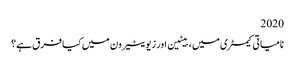
2020
نامیاتی کیمسٹری میں ، بیٹین اور زیویٹیرون میں کیا فرق ہے؟